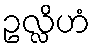
ဥလ္လိဟံ